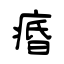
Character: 痻